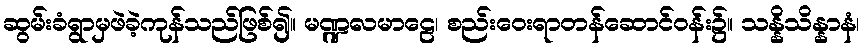
ဆွမ်းခံရွာမှဖဲခဲ့ကုန်သည်ဖြစ်၍။ မဏ္ဍလမာဠေ၊ စည်းဝေးရာတန်ဆောင်ဝန်း၌။ သန္နိသိန္နာနံ၊